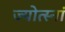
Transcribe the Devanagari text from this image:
ज्योत्स्नां